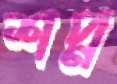
শপ্ন